Plague in India, 1896, 1897 - Volume 3
Year: 1896
Disease focus: Plague
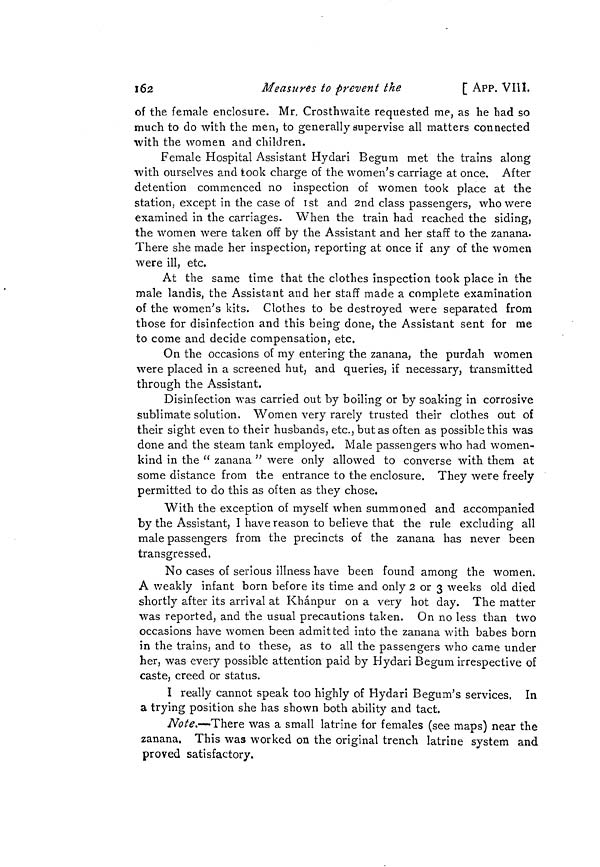
162
Measures to prevent the
[ APP. VIII.
of the female enclosure. Mr. Crosthwaite requested me, as he had so
much to do with the men, to generally supervise all matters connected
with the women and children.
Female Hospital Assistant Hydari Begum met the trains along
with ourselves and took charge of the women's carriage at once. After
detention commenced no inspection of women took place at the
station, except in the case of 1st and 2nd class passengers, who were
examined in the carriages. When the train had reached the siding,
the women were taken off by the Assistant and her staff to the zanana.
There she made her inspection, reporting at once if any of the women
were ill, etc.
At the same time that the clothes inspection took place in the
male landis, the Assistant and her staff made a complete examination
of the women's kits. Clothes to be destroyed were separated from
those for disinfection and this being done, the Assistant sent for me
to come and decide compensation, etc.
On the occasions of my entering the zanana, the purdah women
were placed in a screened hut, and queries, if necessary, transmitted
through the Assistant.
Disinfection was carried out by boiling or by soaking in corrosive
sublimate solution. Women very rarely trusted their clothes out of
their sight even to their husbands, etc., but as often as possible this was
done and the steam tank employed. Male passengers who had women-
kind in the " zanana " were only allowed to converse with them at
some distance from the entrance to the enclosure. They were freely
permitted to do this as often as they chose.
With the exception of myself when summoned and accompanied
by the Assistant, I have reason to believe that the rule excluding all
male passengers from the precincts of the zanana has never been
transgressed.
No cases of serious illness have been found among the women.
A weakly infant born before its time and only 2 or 3 weeks old died
shortly after its arrival at Khánpur on a very hot day. The matter
was reported, and the usual precautions taken. On no less than two
occasions have women been admitted into the zanana with babes born
in the trains, and to these, as to all the passengers who came under
her, was every possible attention paid by Hydari Begum irrespective of
caste, creed or status.
I really cannot speak too highly of Hydari Begum's services, In
a trying position she has shown both ability and tact.
Note.—There was a small latrine for females (see maps) near the
zanana, This was worked on the original trench latrine system and
proved satisfactory.